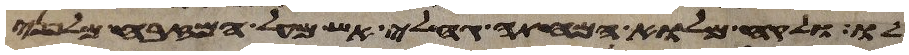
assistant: לו ולקח מלוא המחתה גחלי אש מעל המזבח מלפני